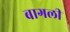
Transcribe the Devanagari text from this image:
बागली